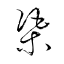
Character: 渠